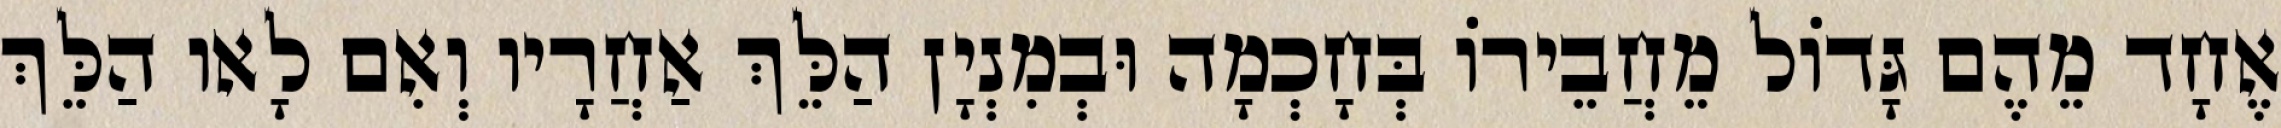
אֶחָד מֵהֶם גָּדוֹל מֵחֲבֵירוֹ בְּחָכְמָה וּבְמִנְיָן הַלֵּךְ אַחֲרָיו וְאִם לָאו הַלֵּךְ